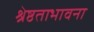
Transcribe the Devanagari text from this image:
श्रेष्ठताभावना